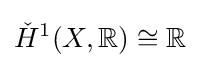
{\check {H}}^{1}(X,\mathbb {R} )\cong \mathbb {R}